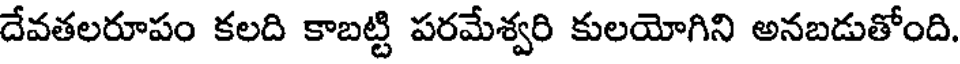
దేవతలరూపం కలది కాబట్టి పరమేశ్వరి కులయోగిని అనబడుతోంది.